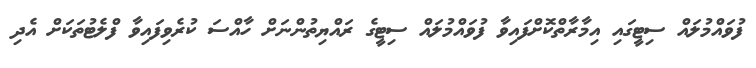
ފުވައްމުލައް ސިޓީގައި އިމާރާތްކޮށްފައިވާ ފުވައްމުލައް ސިޓީގެ ރައްޔިތުންނަށް ހާއްސަ ކުރެވިފައިވާ ފްލެޓުތަކަށް އެދި